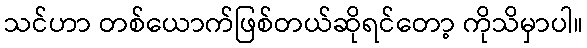
သင်ဟာ တစ်ယောက်ဖြစ်တယ်ဆိုရင်တော့ ကိုသိမှာပါ။